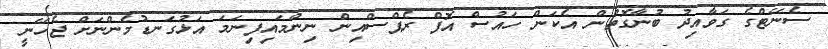
ސެނޭޓްގެ ގަވާއިދު ބުނާގޮތުން އެކަން ހައުސް އޮފް ރެޕްސްއިން ނިންމައިފިނަމަ އަޅުގަނޑުމެންނަށް ޖެހޭނީ